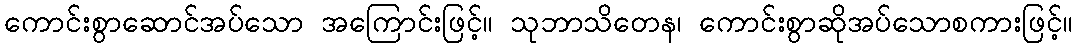
ကောင်းစွာဆောင်အပ်သော အကြောင်းဖြင့်။ သုဘာသိတေန၊ ကောင်းစွာဆိုအပ်သောစကားဖြင့်။